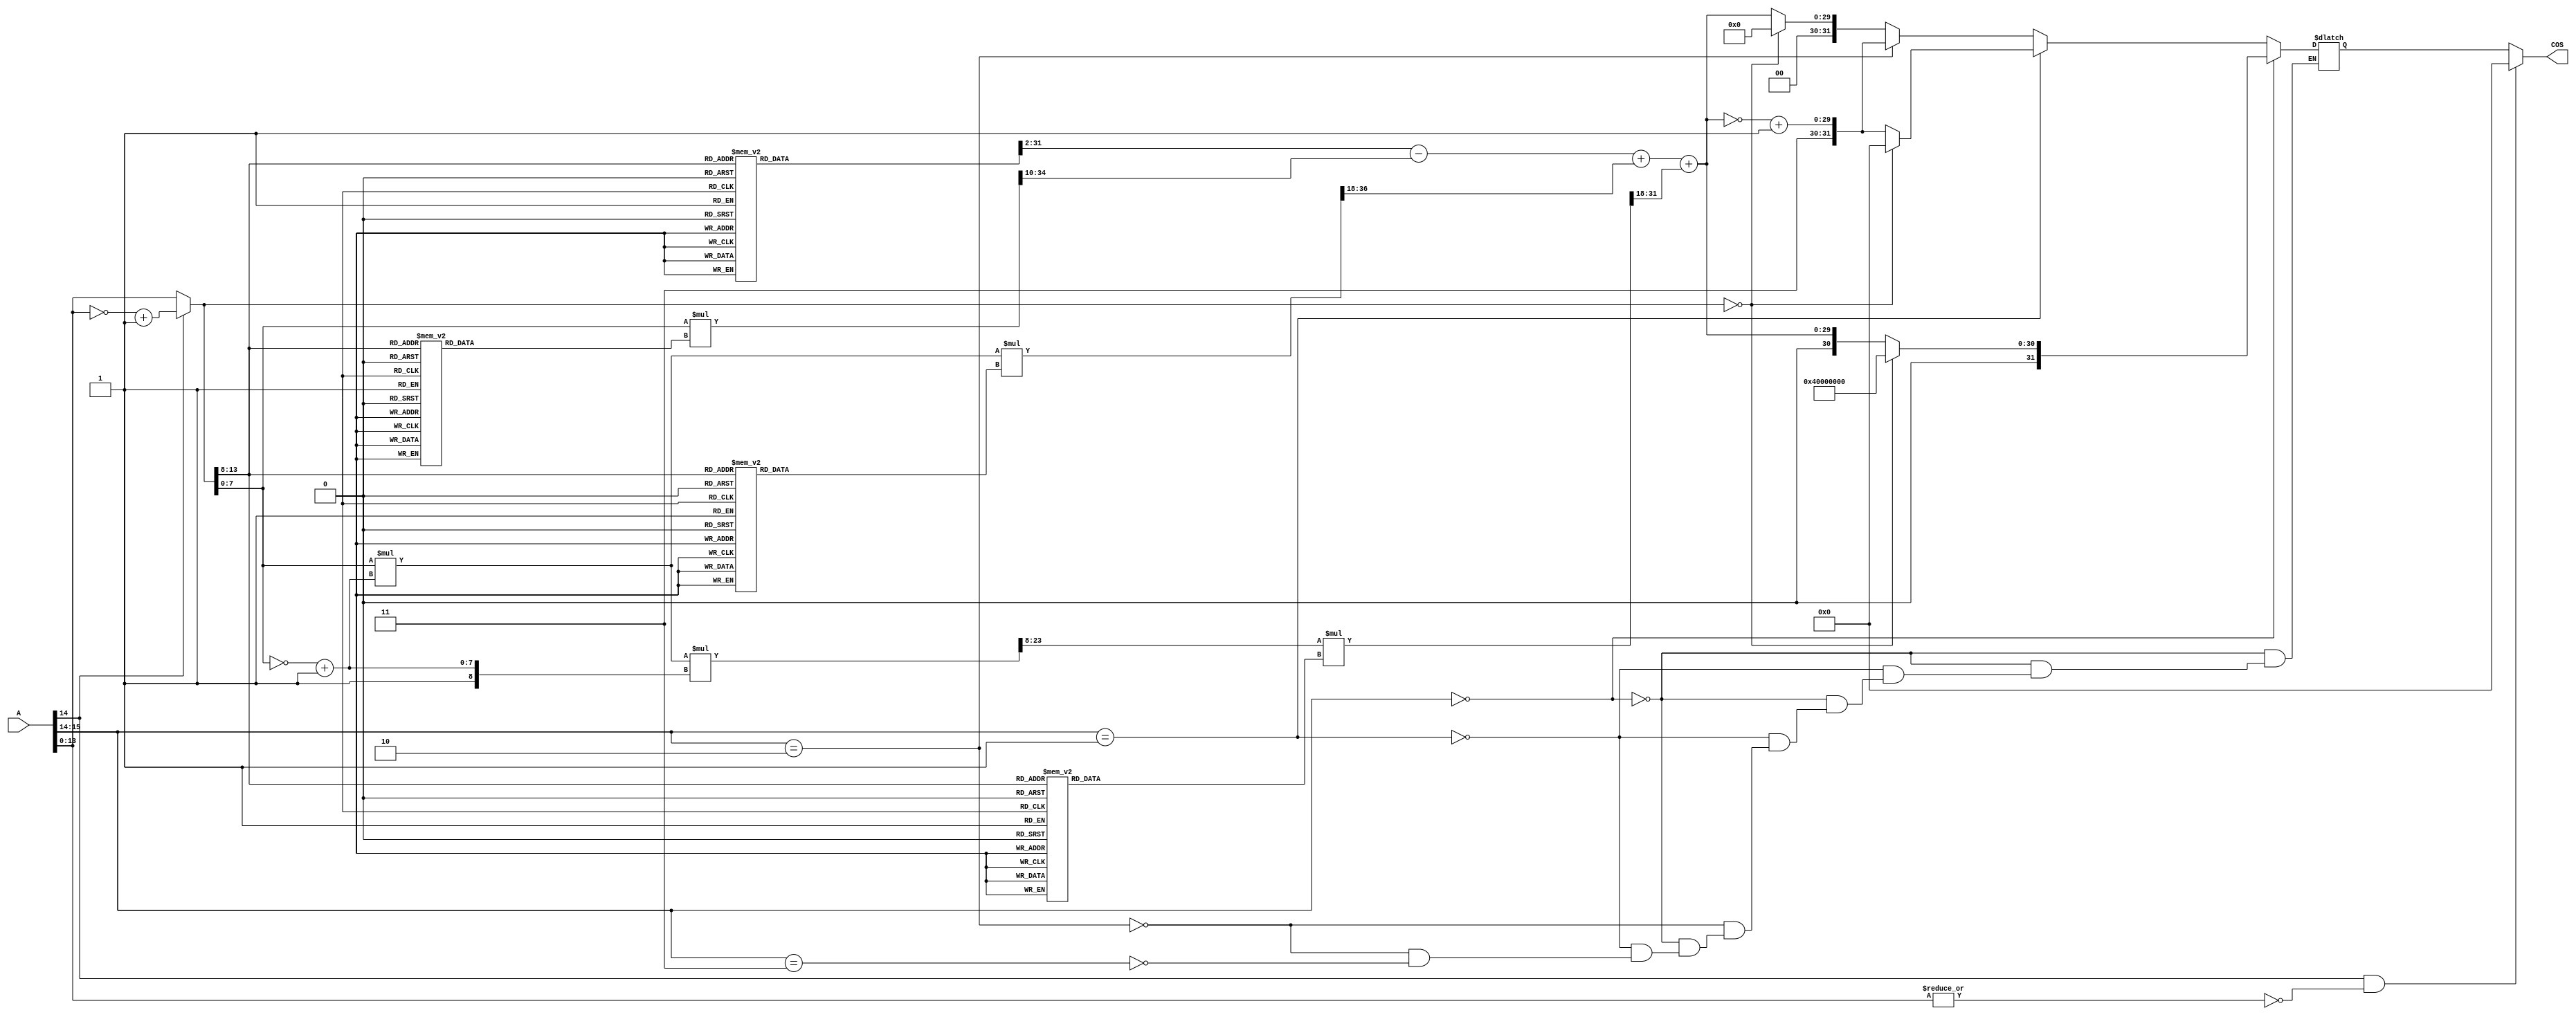

//--------------------------------------------------------------------------------------------------
//
// Title       : DW02_cos.v
// Design      : Trigonometric Functions


//-------------------------------------------------------------------------------------------------
//
// Description :  DW02_cos is a combinational cosine. This component takes the input angle A and
// calculates cos(pi x A). The input angle A is treated as a binary fixed point number which is
// converted to radians when multiplied by pi.
//
//-------------------------------------------------------------------------------------------------
`timescale 1ns / 10ps

module DW02_cos ( 
	              A,   //Angle in Binary 
	              COS  //Cos value of A
				  )/* synthesis syn_builtin_du = "weak" */;

parameter A_width = 16;
parameter cos_width = 32;

//Input/output declaration
input [ A_width - 1 : 0 ]    A;
output [ cos_width - 1 : 0 ] COS;

//Internal signal declaration
reg [ cos_width - 1 : 0 ] COS;
reg [ cos_width - 1 : 0 ] COS_res;	
reg [A_width - 1 : 0]     a_cur; 
reg                       zero;	   

// Function for LUT	 
function [31:0] cos_quarter;
input [5:0] input_val;
reg [31:0] temp;

begin
	case ( input_val )
		6'b000000: temp= 32'hffffffff;
		6'b000001: temp= 32'hffec4304;
		6'b000010: temp= 32'hffb10f1b;
		6'b000011: temp= 32'hff4e6d68;
		6'b000100: temp= 32'hfec46d1e;
		6'b000101: temp= 32'hfe132387;
		6'b000110: temp= 32'hfd3aabf8;
		6'b000111: temp= 32'hfc3b27d3;
		6'b001000: temp= 32'hfb14be7f;
		6'b001001: temp= 32'hf9c79d63;
		6'b001010: temp= 32'hf853f7dc;
		6'b001011: temp= 32'hf6ba073b;
		6'b001100: temp= 32'hf4fa0ab6;
		6'b001101: temp= 32'hf3144762;
		6'b001110: temp= 32'hf1090827;
		6'b001111: temp= 32'heed89db6;
		6'b010000: temp= 32'hec835e79;
		6'b010001: temp= 32'hea09a68a;
		6'b010010: temp= 32'he76bd7a1;
		6'b010011: temp= 32'he4aa5909;
		6'b010100: temp= 32'he1c5978c;
		6'b010101: temp= 32'hdebe0563;
		6'b010110: temp= 32'hdb941a28;
		6'b010111: temp= 32'hd84852c0;
		6'b011000: temp= 32'hd4db3148;
		6'b011001: temp= 32'hd14d3d02;
		6'b011010: temp= 32'hcd9f023f;
		6'b011011: temp= 32'hc9d1124c;
		6'b011100: temp= 32'hc5e40358;
		6'b011101: temp= 32'hc1d8705f; 
		6'b011110: temp= 32'hbdaef913; 
		6'b011111: temp= 32'hb96841bf; 
		6'b100000: temp= 32'hb504f333; 
		6'b100001: temp= 32'hb085baa8; 
		6'b100010: temp= 32'habeb49a4; 
		6'b100011: temp= 32'ha73655df; 
		6'b100100: temp= 32'ha2679928; 
		6'b100101: temp= 32'h9d7fd149; 
		6'b100110: temp= 32'h987fbfe7; 
		6'b100111: temp= 32'h93682a66; 
		6'b101000: temp= 32'h8e39d9cd; 
		6'b101001: temp= 32'h88f59aa0; 
		6'b101010: temp= 32'h839c3cc9; 
		6'b101011: temp= 32'h7e2e936f; 
		6'b101100: temp= 32'h78ad74e0; 
		6'b101101: temp= 32'h7319ba64; 
		6'b101110: temp= 32'h6d744027; 
		6'b101111: temp= 32'h67bde50e; 
		6'b110000: temp= 32'h61f78a9a; 
		6'b110001: temp= 32'h5c2214c3; 
		6'b110010: temp= 32'h563e69d6; 
		6'b110011: temp= 32'h504d7250; 
		6'b110100: temp= 32'h4a5018bb; 
		6'b110101: temp= 32'h4447498a; 
		6'b110110: temp= 32'h3e33f2f6; 
		6'b110111: temp= 32'h381704d4; 
		6'b111000: temp= 32'h31f17078; 
		6'b111001: temp= 32'h2bc42889; 
		6'b111010: temp= 32'h259020dd; 
		6'b111011: temp= 32'h1f564e56; 
		6'b111100: temp= 32'h1917a6bc; 
		6'b111101: temp= 32'h12d52092; 
		6'b111110: temp= 32'h0c8fb2f8; 
		6'b111111: temp= 32'h0648557d; 
 		default  : temp= 32'h0;
	endcase
	cos_quarter = temp;
end 
endfunction	 
//End of function


//Function to return delta values - these are constants (Max. 27 bits)
//Subtract sample1 from sample2 - the values are -ve assign sample1 value > sample2 value
//Take 2's complement values are tabulated here. Hence result1 is -ve
//The delta for 3f is calculated by taking 65th sample
function [26:0] cos_delta;
input [5:0] input_val;
reg [26:0] temp;

begin
	case ( input_val )
		6'b000000: temp= 27'h013bcfb;//forward interpolation
		6'b000001: temp= 27'h03b33e9;
		6'b000010: temp= 27'h062a1b3;
		6'b000011: temp= 27'h08a004a;
		6'b000100: temp= 27'h0b14997;
		6'b000101: temp= 27'h0d8778f;
		6'b000110: temp= 27'h0ff8425;
		6'b000111: temp= 27'h1266954;
		6'b001000: temp= 27'h14d211c;
		6'b001001: temp= 27'h173a587;
		6'b001010: temp= 27'h199f0a1;
		6'b001011: temp= 27'h1bffc85;
		6'b001100: temp= 27'h1e5c354;
		6'b001101: temp= 27'h20b3f3b;
		6'b001110: temp= 27'h2306a71;
		6'b001111: temp= 27'h2553f3d;
		6'b010000: temp= 27'h279b7ef;
		6'b010001: temp= 27'h29dcee9;
		6'b010010: temp= 27'h2c17e98;
		6'b010011: temp= 27'h2e4c17d;
		6'b010100: temp= 27'h3079229;
		6'b010101: temp= 27'h329eb3b;
		6'b010110: temp= 27'h34bc768;
		6'b010111: temp= 27'h36d2178;
		6'b011000: temp= 27'h38df446;
		6'b011001: temp= 27'h3ae3ac3;
		6'b011010: temp= 27'h3cdeff3;
		6'b011011: temp= 27'h3ed0ef4;
		6'b011100: temp= 27'h40b92f9;
		6'b011101: temp= 27'h429774c;
		6'b011110: temp= 27'h446b754;
		6'b011111: temp= 27'h4634e8c;
		6'b100000: temp= 27'h47f388b;
		6'b100001: temp= 27'h49a7104;
		6'b100010: temp= 27'h4b4f3c5;
		6'b100011: temp= 27'h4cebcb7;
		6'b100100: temp= 27'h4e7c7df;
		6'b100101: temp= 27'h5001162;
		6'b100110: temp= 27'h5179581;
		6'b100111: temp= 27'h52e5099;
		6'b101000: temp= 27'h5443f2d;
		6'b101001: temp= 27'h5595dd7;
		6'b101010: temp= 27'h56da95a;
		6'b101011: temp= 27'h5811e8f;
		6'b101100: temp= 27'h593ba7c;
		6'b101101: temp= 27'h5a57a3d;
		6'b101110: temp= 27'h5b65b19;
		6'b101111: temp= 27'h5c65a74;
		6'b110000: temp= 27'h5d575d7;
		6'b110001: temp= 27'h5e3aaed;
		6'b110010: temp= 27'h5f0f786;
		6'b110011: temp= 27'h5fd5995;
		6'b110100: temp= 27'h608cf31;
		6'b110101: temp= 27'h6135694;
		6'b110110: temp= 27'h61cee22;
		6'b110111: temp= 27'h625945c;
		6'b111000: temp= 27'h62d47ef;
		6'b111001: temp= 27'h63407ac;
		6'b111010: temp= 27'h639d287;
		6'b111011: temp= 27'h63ea79a;
		6'b111100: temp= 27'h642862a;
		6'b111101: temp= 27'h6456d9a;
		6'b111110: temp= 27'h6475d7b; 
		6'b111111: temp= 27'h648557d;
 		default  : temp= 27'h0;
	endcase
	cos_delta = temp;
end 
endfunction	 
//End of linear function

// Function to return delta**2/2 values - these are constants	 
function [20:0] cos_delta2;
input [5:0] input_val;
reg [20:0] temp;

begin
	case ( input_val )
		6'b000000: temp= 21'h13bb77;
		6'b000001: temp= 21'h13b6e5;
		6'b000010: temp= 21'h13af4b;
		6'b000011: temp= 21'h13a4a6;
		6'b000100: temp= 21'h1396fc;
		6'b000101: temp= 21'h13864b;
		6'b000110: temp= 21'h137297;
		6'b000111: temp= 21'h135be4;
		6'b001000: temp= 21'h134235;
		6'b001001: temp= 21'h13258d;
		6'b001010: temp= 21'h1305f2;
		6'b001011: temp= 21'h12e367;
		6'b001100: temp= 21'h12bdf3;
		6'b001101: temp= 21'h12959b;
		6'b001110: temp= 21'h126a66;
		6'b001111: temp= 21'h123c59;
		6'b010000: temp= 21'h120b7d;
		6'b010001: temp= 21'h11d7d7;
		6'b010010: temp= 21'h11a172;
		6'b010011: temp= 21'h116856;
		6'b010100: temp= 21'h112c89;
		6'b010101: temp= 21'h10ee16;
		6'b010110: temp= 21'h10ad08;
		6'b010111: temp= 21'h106967;
		6'b011000: temp= 21'h10233e;
		6'b011001: temp= 21'h0fda98;
		6'b011010: temp= 21'h0f8f80;
		6'b011011: temp= 21'h0f4202;
		6'b011100: temp= 21'h0ef229;
		6'b011101: temp= 21'h0ea004;
		6'b011110: temp= 21'h0e4b9c;
		6'b011111: temp= 21'h0df4ff;
		6'b100000: temp= 21'h0d9c3c;
		6'b100001: temp= 21'h0d4160;
		6'b100010: temp= 21'h0ce479;
		6'b100011: temp= 21'h0c8594;
		6'b100100: temp= 21'h0c24c1;
		6'b100101: temp= 21'h0bc20f;
		6'b100110: temp= 21'h0b5d8c;
		6'b100111: temp= 21'h0af74a;
		6'b101000: temp= 21'h0a8f55;
		6'b101001: temp= 21'h0a25c1;
		6'b101010: temp= 21'h09ba9a;
		6'b101011: temp= 21'h094df6;
		6'b101100: temp= 21'h08dfe0;
		6'b101101: temp= 21'h08706e;
		6'b101110: temp= 21'h07ffad;
		6'b101111: temp= 21'h078db1;
		6'b110000: temp= 21'h071a8b;
		6'b110001: temp= 21'h06a64c;
		6'b110010: temp= 21'h063107;
		6'b110011: temp= 21'h05bace;
		6'b110100: temp= 21'h0543b1;
		6'b110101: temp= 21'h04cbc7;
		6'b110110: temp= 21'h04531d;
		6'b110111: temp= 21'h03d9c9;
		6'b111000: temp= 21'h035fde;
		6'b111001: temp= 21'h02e56d;
		6'b111010: temp= 21'h026a89;
		6'b111011: temp= 21'h01ef48;
		6'b111100: temp= 21'h0173b8;
		6'b111101: temp= 21'h00f7f0;
		6'b111110: temp= 21'h007c01;
		6'b111111: temp= 21'h0; 
 		default  : temp= 21'h0;
	endcase
	cos_delta2 = temp;
end 
endfunction	 
//End of quad function	  

// Function to return delta**3/6 values - these are constants (max. 14 bits)
//delta3 for 3e and 3f are calculated by taking extra 1/2 samples after 64th sample.
//For cubic interpolation two samples before "dp" and two after are considered.	
function [15:0] cos_delta3;
input [5:0] input_val;
reg [15:0] temp;

begin
	case ( input_val )
		6'b000000: temp= 16'h0186;
		6'b000001: temp= 16'h0186;
		6'b000010: temp= 16'h0288;
		6'b000011: temp= 16'h038c;
		6'b000100: temp= 16'h048e;
		6'b000101: temp= 16'h0590;
		6'b000110: temp= 16'h0691;
		6'b000111: temp= 16'h0791;
		6'b001000: temp= 16'h088f;
		6'b001001: temp= 16'h098d;
		6'b001010: temp= 16'h0a89;
		6'b001011: temp= 16'h0b83;
		6'b001100: temp= 16'h0c7c;
		6'b001101: temp= 16'h0d72;
		6'b001110: temp= 16'h0e67;
		6'b001111: temp= 16'h0f59;
		6'b010000: temp= 16'h1049;
		6'b010001: temp= 16'h1137;
		6'b010010: temp= 16'h1221;
		6'b010011: temp= 16'h1309;
		6'b010100: temp= 16'h13ef;
		6'b010101: temp= 16'h14d0;
		6'b010110: temp= 16'h15af;
		6'b010111: temp= 16'h168b;
		6'b011000: temp= 16'h1762;
		6'b011001: temp= 16'h1837;
		6'b011010: temp= 16'h1907;
		6'b011011: temp= 16'h19d4;
		6'b011100: temp= 16'h1a9d;
		6'b011101: temp= 16'h1b61;
		6'b011110: temp= 16'h1c22;
		6'b011111: temp= 16'h1cde;
		6'b100000: temp= 16'h1d96;
		6'b100001: temp= 16'h1e49;
		6'b100010: temp= 16'h1ef7;
		6'b100011: temp= 16'h1fa1;
		6'b100100: temp= 16'h2046;
		6'b100101: temp= 16'h20e6;
		6'b100110: temp= 16'h2181;
		6'b100111: temp= 16'h2216;
		6'b101000: temp= 16'h22a7;
		6'b101001: temp= 16'h2331;
		6'b101010: temp= 16'h23b7;
		6'b101011: temp= 16'h2436;
		6'b101100: temp= 16'h24b2;
		6'b101101: temp= 16'h2526;
		6'b101110: temp= 16'h2595;
		6'b101111: temp= 16'h25fe;
		6'b110000: temp= 16'h2662;
		6'b110001: temp= 16'h26bf;
		6'b110010: temp= 16'h2717;
		6'b110011: temp= 16'h2768;
		6'b110100: temp= 16'h27b4;
		6'b110101: temp= 16'h27f8;
		6'b110110: temp= 16'h2838;
		6'b110111: temp= 16'h2871;
		6'b111000: temp= 16'h28a3;
		6'b111001: temp= 16'h28d0;
		6'b111010: temp= 16'h28f6;
		6'b111011: temp= 16'h2915;
		6'b111100: temp= 16'h2930;
		6'b111101: temp= 16'h2942;
		6'b111110: temp= 16'h294f;
		6'b111111: temp= 16'h2955;
 		default  : temp= 16'h0;
	endcase				    
	cos_delta3 = temp;
end 
endfunction	 
//End of cubic function
					
//Implementation of Cosine functionality. The precision depends on parameters A_width and cos_width
always @ ( A )		  
	begin
		a_cur = (A[A_width-2]== 0 ) ? A : ( ~A + 1 ); 		
		if ( A_width == 2 )
			zero = A[0];
		else	
			zero = A[A_width-2] & ~(|A[A_width-3:0]); 
			
		if ( A_width <= 8 && A_width > 1 ) 
		begin:LUT
			reg               sign;
			reg [5:0]         a_dir;
			reg [33:0]        cos_dir_true;
 			reg [cos_width:0] cos_tmp;
			 
			sign = A[A_width-2] ^ A[A_width-1];	
		
			case ( A_width )
				2 : a_dir = 0;
				3 : a_dir = { a_cur[0], 5'b0 };
				4 : a_dir = { a_cur[1:0], 4'b0 };
				5 : a_dir = { a_cur[2:0], 3'b0 };
				6 : a_dir = { a_cur[3:0], 2'b0 };
				7 : a_dir = { a_cur[4:0], 1'b0 };
				8 : a_dir =  a_cur[5:0];
			endcase
			
			cos_dir_true = a_dir == 0 ? {2'b01,32'b0}: {2'b00,cos_quarter(a_dir)}; 
			
			if (cos_width != 34)
				begin
					if ( sign )
						cos_tmp = ~cos_dir_true[33:33-cos_width];
					else
						cos_tmp = cos_dir_true[33:33-cos_width];
			        cos_tmp = cos_tmp + 1;
					COS_res = cos_tmp[cos_width:1];					
				end
			else	
				begin
					if ( sign )
						cos_tmp = ~cos_dir_true+1;
					else
						cos_tmp = cos_dir_true;	
				    COS_res = cos_tmp;
				end
		end
  
        // For A_width > 8 and cos_width <= 16 : Linear Interpolation technique	 
		//result = f(xj) - (n * delta)/h	
		else if  ( cos_width <= 16 )   
			begin: linear	
        reg [A_width - 9 : 0]     delta_diff;
				reg [5:0]                 xj_lut;
				reg [31:0]                f_xj; 
				reg [26:0]                delta_fx; 
				reg [31:0]                delta_div;			  
				reg [31:0]                lin_prod_low;
        reg [cos_width - 3:0]     output_dir;	
        reg [cos_width - 3:0]     output_dir_1;	
        reg [cos_width - 1 :0]    cos_00; 
				reg [cos_width - 1 :0]    cos_01; 
				reg [cos_width - 1 :0]    cos_10; 
				reg [cos_width - 1 :0]    cos_11; 
				
		    xj_lut =  a_cur[A_width-3:(A_width-3)-5]; // Six bits assigned to xj_lut for
 
				// To find n value	
                                                                                                                                     
				delta_diff = a_cur[(A_width > 9 ? A_width - 9 : 0) :0]; // n = x - xj 
                
				//data points from look up table, 32 bit data.

				f_xj = cos_quarter(xj_lut);
 
				delta_fx = cos_delta(xj_lut);//Get f(xj) - f(xj_1)
				
				// finding slope: using 16 bit multiplication
				if ( A_width >= 24 )
					begin 					
						lin_prod_low = delta_diff[(A_width >= 24 ? A_width-9 : 0) : (A_width >= 24 ? A_width - 24 : 0)] * delta_fx[26:12];//16-bit x 16-bit
            delta_div = lin_prod_low[31:4]; //division calculation->(A_width-8)-(A_width-8-16)-12 -> h - (n(16bits) + remaining bits) - 12 ( constant, delta_1) 
					end
				else
					begin
						//delta_diff is always < 16 bits and hence padded with 0's. Which results initial multiplying.
						// positions properly to divide the result from h( actually it is equivalent to Xing and / ing by a constant.	
						//lin_prod_low = delta_diff * delta_fx[31:A_width-8];//requires more resource-> odd size multiplier                                                

						lin_prod_low = delta_diff * delta_fx[26:A_width-8];//division first, multiplication next
	          delta_div = lin_prod_low;
					end	
				
 				//Linear interpolation	  
				if ( A_width < cos_width )
					begin: save_area 
						reg [cos_width-3:0]       result0;
				    reg [cos_width-3:0]       result0_compliment;						
						result0 = f_xj[31:(34-cos_width)] - delta_div[31:(34-cos_width)];//Max. 14 bit subtraction
						result0_compliment = (~result0) + 1;
						output_dir = result0;                                                                     
						output_dir_1 = result0_compliment; 						
					end	 
				else
					begin: more_area
						reg [31:0]       result0;
						reg [31:0]       result0_compliment;
						result0 = f_xj - delta_div;//Max. 14 bit subtraction
						result0_compliment = (~result0) + 1; 
						output_dir = result0[31:34-cos_width];                                                                    
				    output_dir_1 = result0_compliment[31:34-cos_width]; 
					end
					
				//Output assignment
				
				cos_00 = a_cur[A_width-3:0]== 0 ? {2'b01,{cos_width-2{1'b0}}} : {2'b0, output_dir};
 
				cos_01 = a_cur[A_width-3:0]== 0 ? 0 : {2'b11, output_dir_1};

				cos_10 = {2'b11, output_dir_1};

				cos_11 = a_cur[A_width-3:0]== 0 ? 0 : {2'b0, output_dir};
                                                    
			    if ( A[A_width - 1:A_width - 2] == 2'b00 ) 
			 		  COS_res = cos_00;       
			   	else if ( A[A_width - 1:A_width - 2] == 2'b01 )    
			 		  COS_res = cos_01;       
			   	else if ( A[A_width - 1:A_width - 2] == 2'b10 )   
			 		  COS_res = cos_10;	      
			   	else if ( A[A_width - 1:A_width - 2] == 2'b11 )   
			 		  COS_res = cos_11;	      
			end  
	  
      // For A_width > 8 and cos_width >16 and cos_width <= 24 : Quadratic Interpolation technique
      //result = f(xj) - (n * delta)/h + (n * h_n)/h**2 (delta_2/2)	
			else if ( cos_width <= 24 )
				begin:quad
					reg [5:0]               xj_lut; 
					reg [31:0]              f_xj; 
					reg [26:0]              delta_1; 
          reg [A_width - 9 : 0]   delta_diff;
					reg [20:0]              delta_2_shift;
					reg [31:0]              result_1;
					reg [31:0]              result_2;
					reg [cos_width-3:0]     result0;
					reg [cos_width-3:0]     result0_compliment;	
					reg [31:0]              lin_prod_low; 
					reg [31:0]              quad_prod1_high;
					reg [31:0]              quad_prod1_low;
					reg [A_width-9:0]	    	n;
					reg [A_width-8:0]	    	n_h;
					reg [A_width-9:0]	    	h_n;
          reg [cos_width - 3:0]   output_dir;	
          reg [cos_width - 3:0]   output_dir_1;	
          reg [cos_width - 1 :0]  cos_00; 
					reg [cos_width - 1 :0]  cos_01; 
					reg [cos_width - 1 :0]  cos_10; 
					reg [cos_width - 1 :0]  cos_11; 

					xj_lut =  a_cur[A_width - 3 : (A_width - 3) - 5]; // Six bits assigned to xj_lut for LUT 
						
          //For the first term
	        f_xj = cos_quarter(xj_lut);  
			    delta_1 = cos_delta(xj_lut);//Get f(xj_1) - f(xj)
					delta_diff =  a_cur[(A_width > 9 ? A_width - 9 : 0 ):0];
					
					// finding slope: using 16 bit multiplication
					//Ex. A_width=16, n=92, delta_1 = 14d211c; lin_prod_low = 9200 x 14d2 = bdfc400
					//First term 
          if ( A_width >= 24 )
	         	begin
							lin_prod_low = delta_diff[(A_width >= 24 ? A_width-9 : 0) : (A_width >= 24 ? A_width - 24 : 0)] * delta_1[26:11];//16 x 16 
     	        result_1 = lin_prod_low[31:5]; //division calculation->(A_width-8)-(A_width-8-16)-11 -> h - (n(16bits) + remaining bits) - 12 ( constant, delta_1)
						end  
					 else if ( A_width >= 13 )
						begin                  
							lin_prod_low = delta_diff * delta_1[26:(26-(31-(A_width-8)))];//32-bit result always 
              result_1 = lin_prod_low[31:((A_width-8) - (26-(31-(A_width-8))))]; //00bdfc40 
						end	                 
					else
						begin                                                                          
							lin_prod_low = delta_diff * delta_1;//multiplication first                                                                                          
              result_1 = lin_prod_low[31:(A_width-8)]; //division next 
						end	                
 
				   delta_2_shift = cos_delta2(xj_lut);
				   n = delta_diff;
				   n_h = ~({1'b1,n}) + 1;// n-h	 1-bit more than n 
				   h_n = n_h;//+ve	But this width is always <= n. for Ex. n= 35, n_h=135, h_n=cb..n=FE12, n_h = 1FE12, but h_n=1EE
	
					if ( A_width > 24 )  
						begin 
							quad_prod1_low = n[(A_width >= 24 ? A_width-9 : 0) : (A_width >= 24 ? A_width - 24 : 0)] * h_n[(A_width >= 24 ? A_width-9 : 0) : (A_width >= 24 ? A_width - 24 : 0)];
							{quad_prod1_high, quad_prod1_low} = quad_prod1_low[31:16] *  delta_2_shift;
							result_2 = 	{quad_prod1_high[4:0],quad_prod1_low[31:16]};
						end  
					else if ( A_width < 16 ) 
						begin                 
				    	quad_prod1_low = n * h_n;//7x7 = 14 bit result.
				    	{quad_prod1_high, quad_prod1_low} = {quad_prod1_low,{(16-((A_width-8)*2)){1'b0}}} *  delta_2_shift;//first 16-bits are 0--16 x 24 = 40 bits
							result_2 = 	{quad_prod1_high[4:0],quad_prod1_low[31:16]};
						end	
					else if ( A_width == 16 ) 
						begin                  
				    		quad_prod1_low = n * h_n;//8x8 = 16 bit result.
				    		{quad_prod1_high, quad_prod1_low} = quad_prod1_low[15:0] * delta_2_shift;//first 16-bits are 0--16 x 24 = 40 bits
							result_2 = 	{quad_prod1_high[4:0],quad_prod1_low[31:16]};
						end	
					else
						begin 
							quad_prod1_low = n * h_n;//16(max) x 16(max) = 32(max) result.
							{quad_prod1_high, quad_prod1_low} = quad_prod1_low[((A_width-8)*2)-1:((A_width-8)*2)-16 ] * delta_2_shift;//16 X 16 = 32
							result_2 = 	{quad_prod1_high[4:0],quad_prod1_low[31:16]};
						end	   
				
			     result0 = f_xj[31:(34-cos_width)] -  result_1[31:(34-cos_width)] + result_2[31:(34-cos_width)];
   		     result0_compliment = (~result0) + 1;	  
				   
				   output_dir = result0;
				   output_dir_1 = result0_compliment;

				   cos_00 = a_cur[A_width-3:0]== 0 ? {2'b01,{cos_width-2{1'b0}}} : {2'b0, output_dir};                                                                                                                                                          
				   cos_01 = a_cur[A_width-3:0]== 0 ? 0 : {2'b11, output_dir_1};                                                                                                                                          
				   cos_10 = {2'b11, output_dir_1};                                                                                                                                          
				   cos_11 = a_cur[A_width-3:0]== 0 ? 0 : {2'b0, output_dir}; 
				   
			       if ( A[A_width - 1:A_width - 2] == 2'b00 )        
			 	   	  COS_res = cos_00;       
			   	   else if ( A[A_width - 1:A_width - 2] == 2'b01 )    
			 	   	  COS_res = cos_01;       
			   	   else if ( A[A_width - 1:A_width - 2] == 2'b10 )   
			 	   	  COS_res = cos_10;	      
			   	   else if ( A[A_width - 1:A_width - 2] == 2'b11 )   
			 	   	  COS_res = cos_11;	      
				end
		
	    		//For A_width > 8 and cos_width >24 and cos_width <= 34 : Cubic Interpolation technique
	      else if ( cos_width <= 34 )
					begin:cubic	
						reg [5:0]               xj_lut;                               
						reg [31:0]              f_xj;                              
            reg [A_width - 9 : 0]   delta_diff;
						reg [26:0]              delta_1;            
						reg [20:0]              delta_2_shift;      
						reg [15:0]              delta_3;            
						reg [31:0]              result_1;           
						reg [31:0]              result_2;           
						reg [31:0]              result_3;           
				    reg [cos_width-3:0]     result0;
					  reg [cos_width-3:0]     result0_compliment;	
						reg [31:0]              lin_prod_low;       
						reg [31:0]              lin_prod_high;       
						reg [31:0]              quad_prod1_high;    
						reg [31:0]              quad_prod1_low;     
						reg [31:0]              quad_prod_low;     
						reg [31:0]              cube_prod1_high;    
						reg [31:0]              cube_prod2;         
					  reg [A_width-9:0]		n;                  
					  reg [A_width-8:0]		n_h;                
					  reg [A_width-9:0]		h_n;                
						reg [A_width-8:0]	 	n_2h;               
            reg [cos_width - 3:0]   output_dir;	
            reg [cos_width - 3:0]   output_dir_1;
            reg [cos_width - 1 :0]  cos_00; 
						reg [cos_width - 1 :0]  cos_01; 
						reg [cos_width - 1 :0]  cos_10; 
						reg [cos_width - 1 :0]  cos_11; 


						xj_lut = a_cur[A_width - 3 : (A_width - 3) - 5]; // Six bits assigned to xj_lut for LUT 
						f_xj = cos_quarter(xj_lut);	   
													
					  delta_diff =  a_cur[(A_width > 9 ? A_width - 9 : 0 ):0];
				    delta_1 = cos_delta(xj_lut);//Get f(xj) - f(xj_1)

						//First term 
						{lin_prod_high,lin_prod_low} = delta_diff * delta_1;
						result_1 = {lin_prod_high[(A_width-8-1 > 0 ? A_width-8-1 : 0)  :0],lin_prod_low[31:(A_width > 8 ? A_width - 8 : 0)]}; 
 					   
						//Second term 
						delta_2_shift = cos_delta2(xj_lut);	
						n = delta_diff;
						n_h = ~({1'b1,n}) + 1;// n-h	 1-bit more than n 
						h_n = n_h;//+ve	But this width is always <= n. for Ex. n= 35, n_h=135, h_n=cb..n=FE12, n_h = 1FE12, but h_n=1EE
																						
						if ( A_width > 24 )
						begin
							quad_prod1_low = n[(A_width >= 24 ? A_width-9 : 0) : (A_width >= 24 ? A_width - 24 : 0)] * h_n[(A_width >= 24 ? A_width-9 : 0) : (A_width >= 24 ? A_width - 24 : 0)];
							{quad_prod1_high, quad_prod_low} = quad_prod1_low[31:16] * delta_2_shift;
							result_2 = 	{quad_prod1_high[4:0],quad_prod_low[31:16]};
						end 
						else if ( A_width < 16 )
						begin
				    	quad_prod1_low = n * h_n;//7x7 = 14 bit result.
				    	{quad_prod1_high, quad_prod_low} = {quad_prod1_low,{(16-((A_width-8)*2)){1'b0}}} *  delta_2_shift;//first 16-bits are 0--16 x 24 = 40 bits
							result_2 = {quad_prod1_high[4:0],quad_prod_low[31:16]};
						end	
						else if ( A_width == 16 )
						begin 
				    	quad_prod1_low = n * h_n;//8x8 = 16 bit result.
				    	{quad_prod1_high, quad_prod_low} = quad_prod1_low[15:0] * delta_2_shift;//first 16-bits are 0--16 x 24 = 40 bits
							result_2 = 	{quad_prod1_high[4:0],quad_prod_low[31:16]};
						end	
						else
						begin
							quad_prod1_low = n * h_n;//16(max) x 16(max) = 32(max) result.
							{quad_prod1_high, quad_prod_low} = quad_prod1_low[((A_width-8)*2)-1:((A_width-8)*2)-16 ] * delta_2_shift;//16 X 16 = 32
							result_2 = 	{quad_prod1_high[4:0],quad_prod_low[31:16]};
						end	   
						
						//Third term	
						delta_3 = cos_delta3(xj_lut);	
						n_2h = {1'b1,h_n};//~({1'b0,n}) + 1'b1;//~({2'b10,n}) + 1'b1;   results are same

					  if ( A_width >= 24 )
							begin
								cube_prod1_high = quad_prod1_low[31:16] * n_2h[(A_width >= 24 ? A_width - 8 : 0) : (A_width >= 24 ? A_width-24 : 0)];// divide by h
								cube_prod2 = cube_prod1_high[31:16] * delta_3;// divide by h
								result_3 = {16'b0,cube_prod2[31:16]};//divide by h
							end 
						else if ( A_width < 16 )
							begin
								cube_prod1_high = quad_prod1_low * n_2h;//7 * 7 = 14-bits(max)
								cube_prod2 = (A_width == 14 || A_width == 15) ? cube_prod1_high[21:A_width-8] * delta_3 : cube_prod1_high * delta_3;//A_width=14 or 15, perform (n*n_h)/h * delta_3
								result_3 = (A_width == 14 || A_width == 15) ? cube_prod2[31:((A_width > 8 && A_width < 16)  ? A_width - 8 : 0 )*2] : cube_prod2[31:((A_width > 8 && A_width < 16) ? A_width - 8 : 0 )*3];//cube_prod2/h**2 or cube_prod2/h**3 based on width
							end	
						else if ( A_width == 16 )
							begin
								cube_prod1_high = quad_prod1_low[15:0] * n_2h;//first 16-bits are 0--16 x 8 = 24
								cube_prod2 = cube_prod1_high[23:8] * delta_3;//16 x 32 = 48 bits
								result_3 = {16'b0,cube_prod2[31:16]};
							end	
						else
							begin
								cube_prod1_high = quad_prod1_low[31:A_width-8] * n_2h;//16(max) x 16(max) = 32(max) result.
								cube_prod2 = cube_prod1_high[31:A_width-8] * delta_3;//16 x 32 = 48 bits
								result_3 = cube_prod2[31:A_width-8];
							end	
						 
						result0 = f_xj[31:(34-cos_width)] -  result_1[31:(34-cos_width)] + result_2[31:(34-cos_width)] + result_3[31:(34-cos_width)];
			
						result0_compliment = (~result0) + 1;
				    output_dir = result0;
				    output_dir_1 = result0_compliment;
			
						cos_00 = a_cur[A_width-3:0]== 0 ? {2'b01,{cos_width-2{1'b0}}} : {2'b0, output_dir};
				    cos_01 = a_cur[A_width-3:0]== 0 ? 0 : {2'b11, output_dir_1};
				    cos_10 = {2'b11, output_dir_1};
				    cos_11 = a_cur[A_width-3:0]== 0 ? 0 : {2'b0, output_dir};
 						
			    	if ( A[A_width - 1:A_width - 2] == 2'b00 )
			 				COS_res = cos_00;                               
			   		else if ( A[A_width - 1:A_width - 2] == 2'b01 )       
			 				  COS_res = cos_01;                               
			   		else if ( A[A_width - 1:A_width - 2] == 2'b10 )       
			 				  COS_res = cos_10;	                              
			   		else if ( A[A_width - 1:A_width - 2] == 2'b11 )       
			 				  COS_res = cos_11;
					end
        end	  
		
//Update the output
always @ ( A or COS_res or zero )
	if ( zero )
		COS = 0;
	else
		COS = COS_res;	 

endmodule